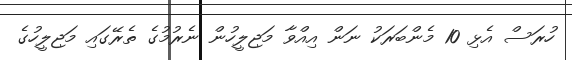
ހުރަސް އެޅި 10 މެންބަރަކު ނަން އިއްވާ މަޖިލީހުން ނެރުމުގެ ތެރޭގައި މަޖިލީހުގެ